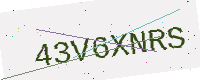
Text: 43V6XNRS